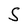
Character: S